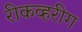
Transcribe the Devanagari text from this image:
रीकव्हरीग